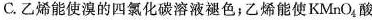
C.乙能使的四氯化碳溶液褪色;乙烯能使KMnO_{ 4 }酸